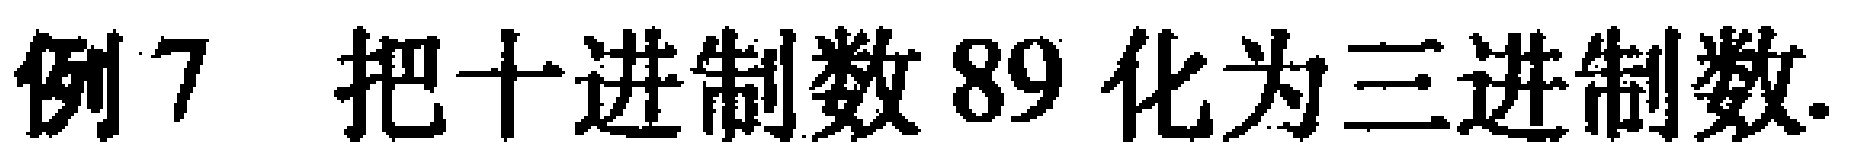
例7 把十进制数 89 化为三进制数.